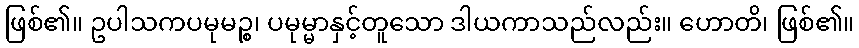
ဖြစ်၏။ ဥပါသကပမုမဉ္စ၊ ပမုမ္မာနှင့်တူသော ဒါယကာသည်လည်း။ ဟောတိ၊ ဖြစ်၏။